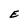
Character: E